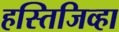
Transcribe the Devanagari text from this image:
हस्तिजिव्हा